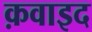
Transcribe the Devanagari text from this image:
क़वाइद